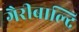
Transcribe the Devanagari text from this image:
गैरीबाल्दि